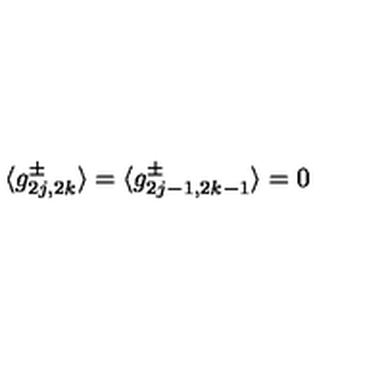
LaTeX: \langle g _ { 2 j , 2 k } ^ { \pm } \rangle = \langle g _ { 2 j - 1 , 2 k - 1 } ^ { \pm } \rangle = 0 \,